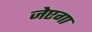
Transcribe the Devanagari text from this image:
जेएगा